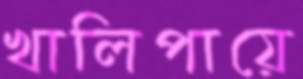
খালিপায়ে